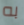
به